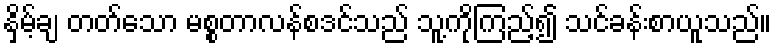
နှိမ့်ချ တတ်သော မစ္စတာလန်စဒင်သည် သူ့ကိုကြည့်၍ သင်ခန်းစာယူသည်။